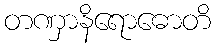
တဏှာနိရောဓောတိ